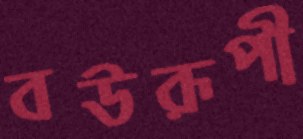
বউরূপী